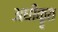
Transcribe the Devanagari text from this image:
अधीकॄत